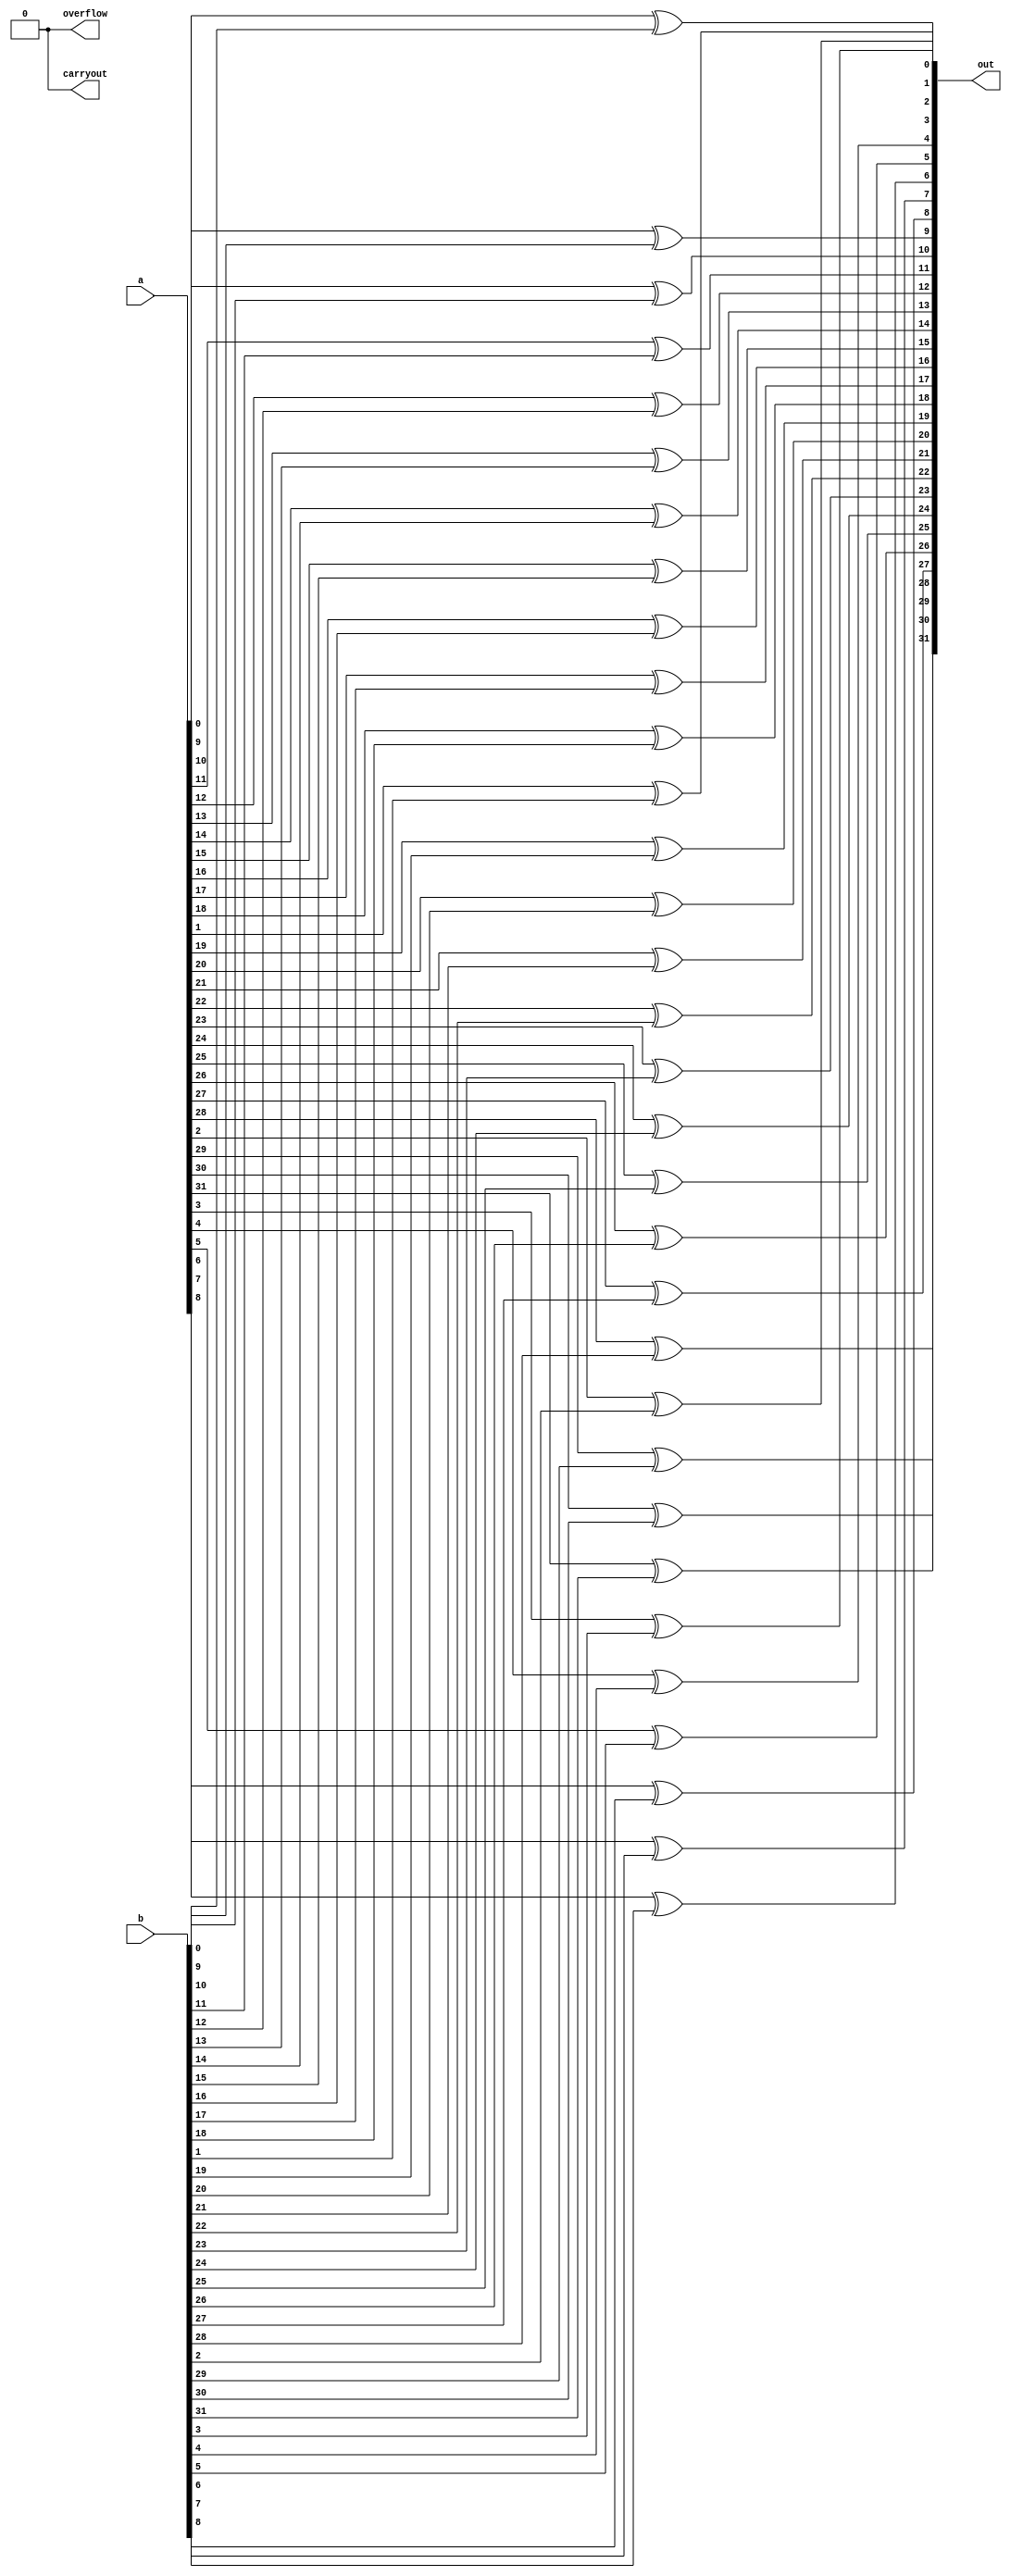
module full32BitXor
(
  output[31:0] out,
  output carryout,
  output overflow,
  input[31:0] a,
  input[31:0] b
);
  assign carryout = 0;
  assign overflow = 0;
  // Generate all the gates
  genvar i;
  generate
    for (i=0; i<32; i=i+1)
    begin:genblock
      // XOR the inputs
      xor(out[i], a[i], b[i]);
    end
  endgenerate

endmodule